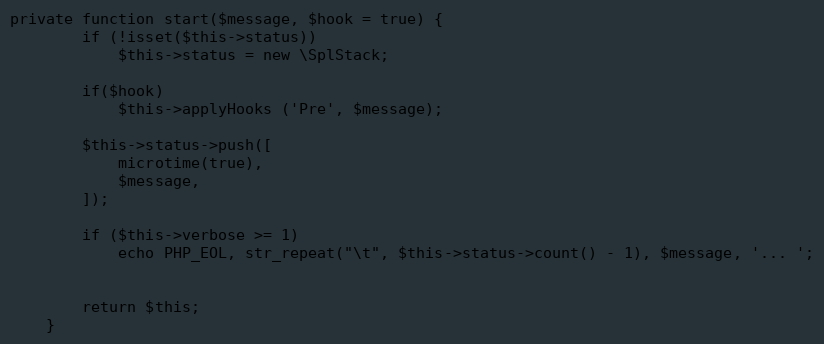
Language: PHP
private function start($message, $hook = true) {
		if (!isset($this->status))
			$this->status = new \SplStack;

		if($hook)
			$this->applyHooks ('Pre', $message);

		$this->status->push([
			microtime(true),
			$message,
		]);

		if ($this->verbose >= 1)
			echo PHP_EOL, str_repeat("\t", $this->status->count() - 1), $message, '... ';

		return $this;
	}